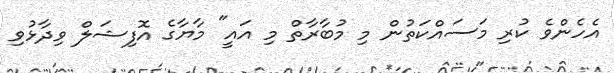
އެހެންވެ ކުރި މަސައްކަތުން މި މުބާރާތް މި އައީ" މާޔާގެ އޮފިޝަލް ވިދާޅުވި